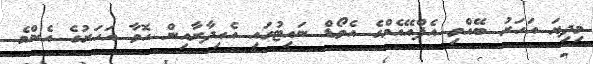
މިދިޔަ އަހަރު ބޭއްވި އެފްއޭއެމްގެ އެވޯޑް ނައިޓުގައި އެއިދާރާއިން ހޮވާ އަހަރުގެ އެންމެ